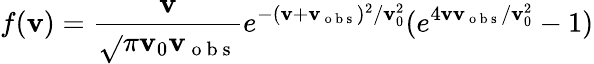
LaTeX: f(\mathbf{v})=\frac{{\mathbf{v}}}{{\sqrt{}{{\pi}}\mathbf{v}_{0}\mathbf{v}_{\mathrm{{~o~b~s~}}}}}e^{-(\mathbf{v}+\mathbf{v}_{\mathrm{{~o~b~s~}}})^{2}/\mathbf{v}_{0}^{2}}(e^{4\mathbf{v}\mathbf{v}_{\mathrm{{~o~b~s~}}}/\mathbf{v}_{0}^{2}}-1)